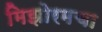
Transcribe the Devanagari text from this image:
मिझोरमचा